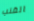
القنب